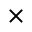
\times